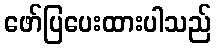
ဖော်ပြပေးထားပါသည်